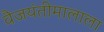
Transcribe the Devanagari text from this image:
वैजयंतीमालाला